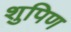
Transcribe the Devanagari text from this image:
शुपिण